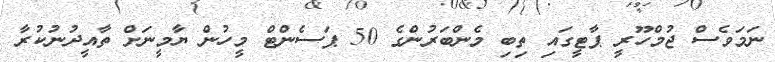
ނަމަވެސް ޖުމްހޫރީ ޕާޓީގައި ތިބި މެންބަރުންގެ 50 ޕަސެންޓް މީހުން ޔާމީނަށް ތާއީދުނުކުރާ